65_HS1-834228961_62-HQ-83894_Serial_164
Agency: FBI
Page 53
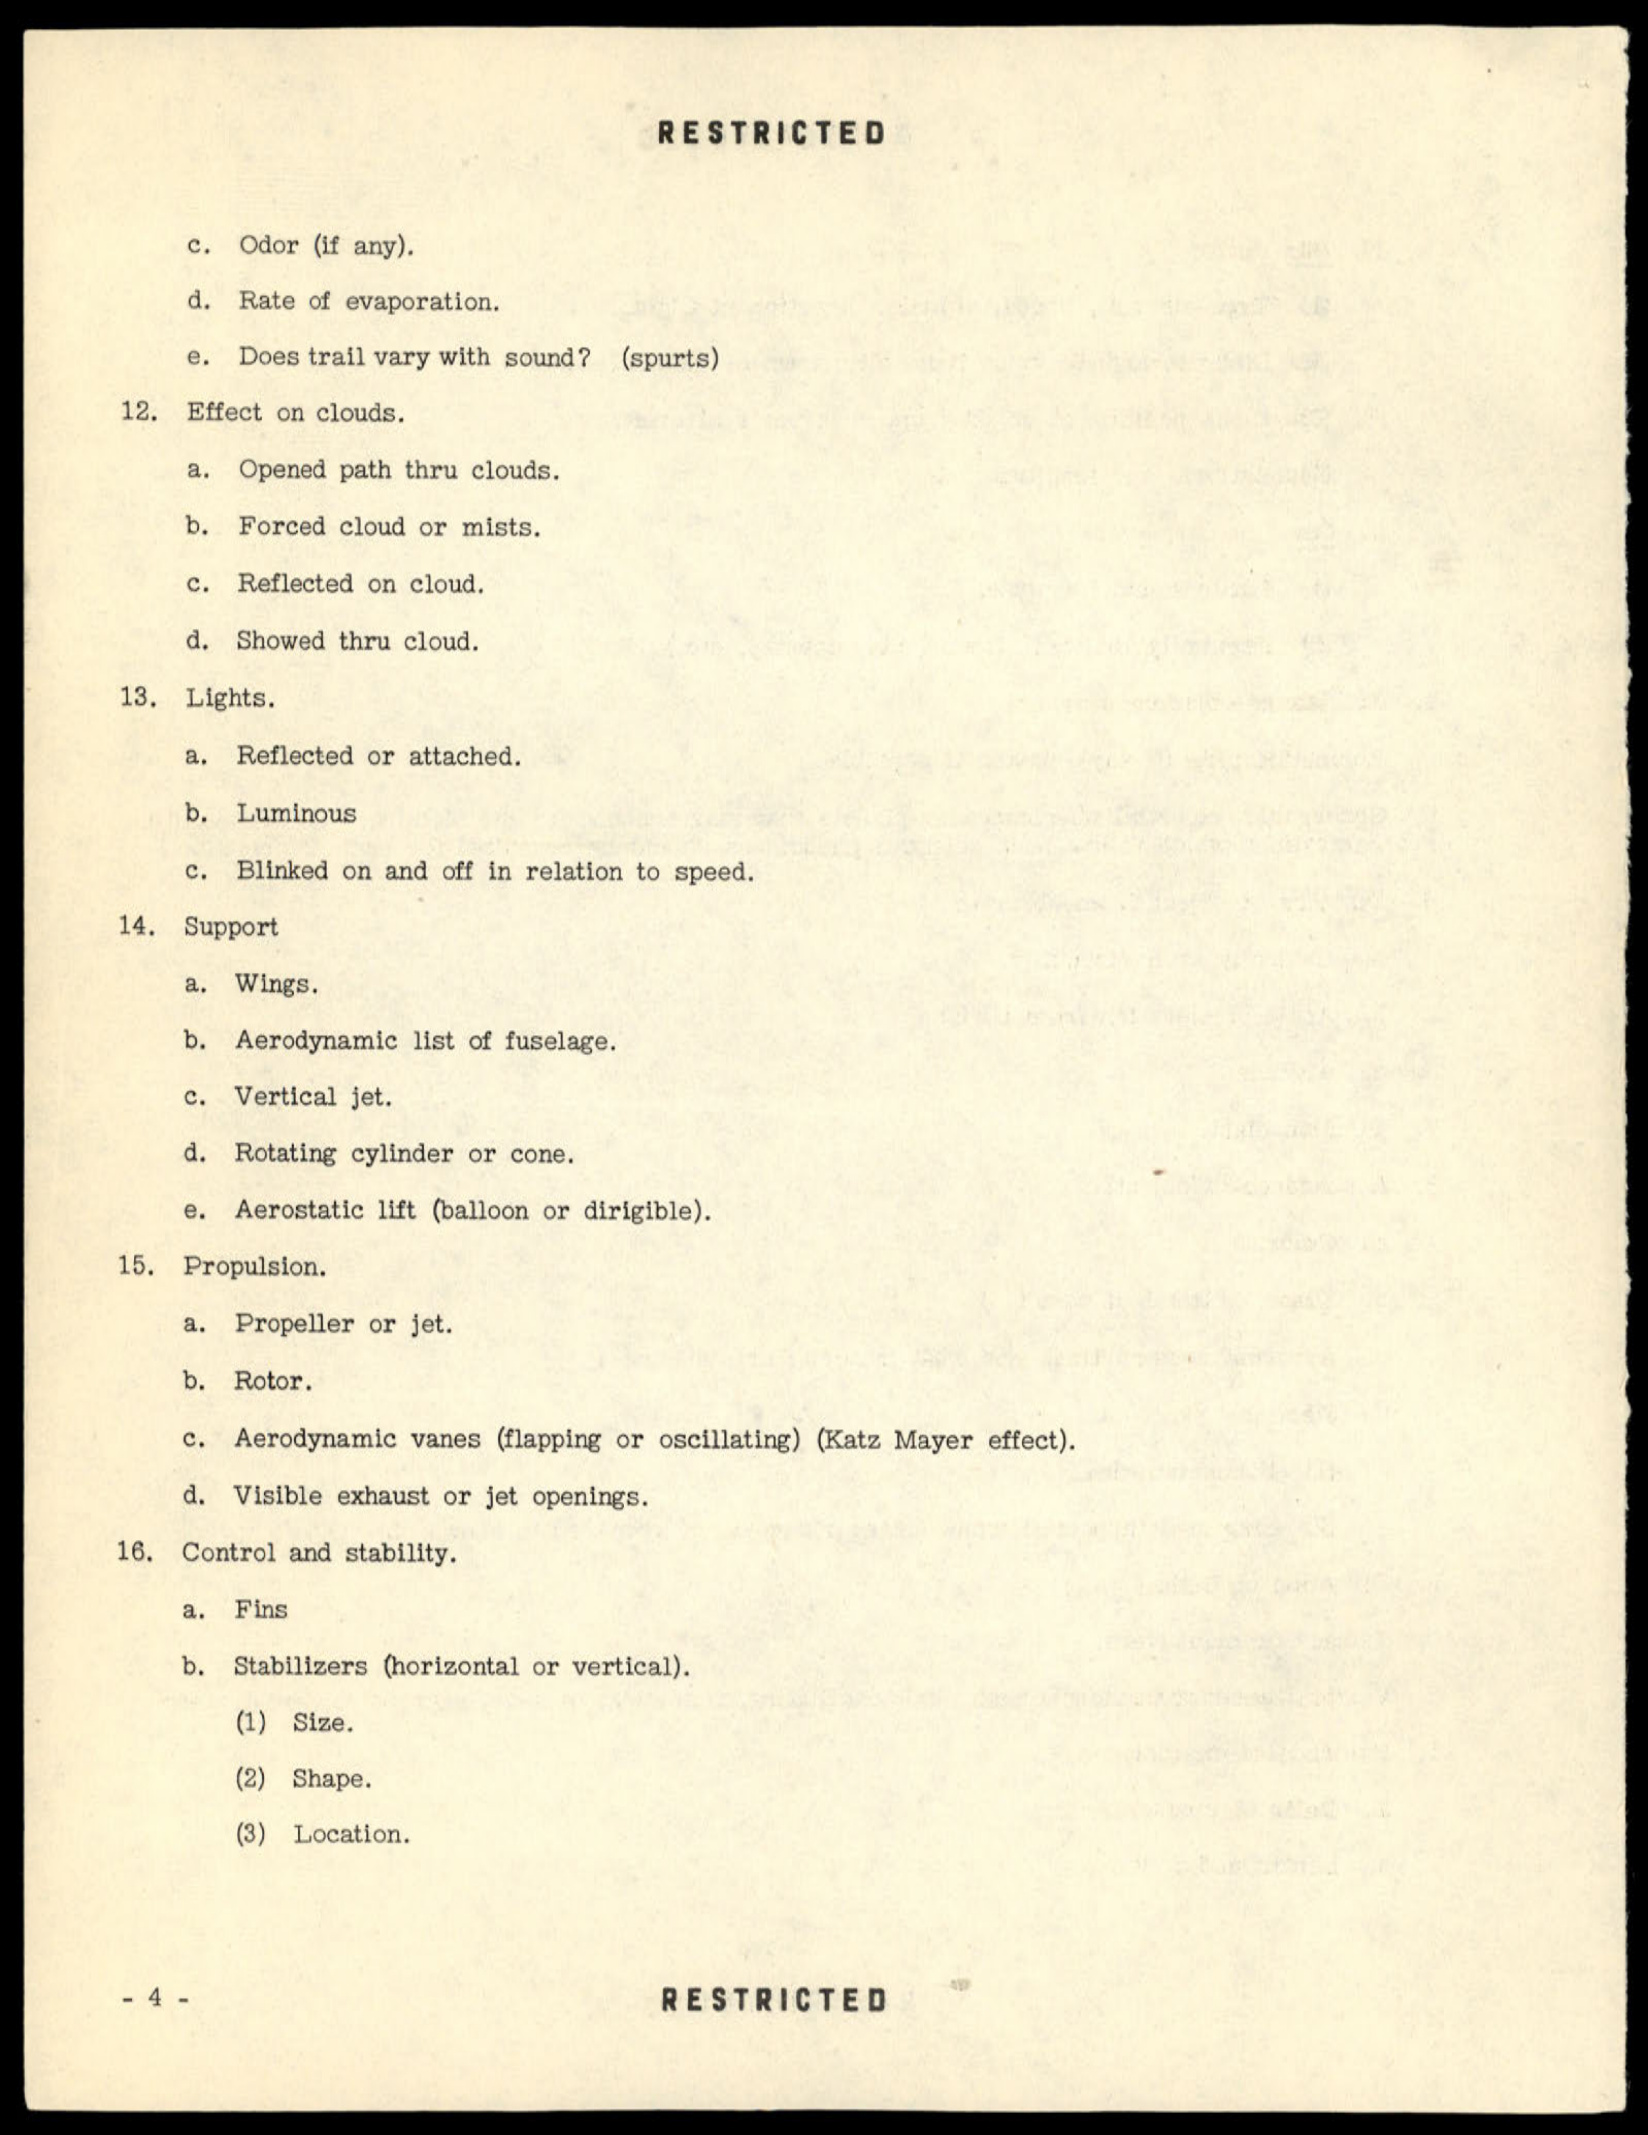